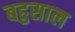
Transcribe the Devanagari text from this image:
बहुसाल